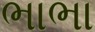
ભાભા